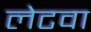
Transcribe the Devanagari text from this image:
लेटवा